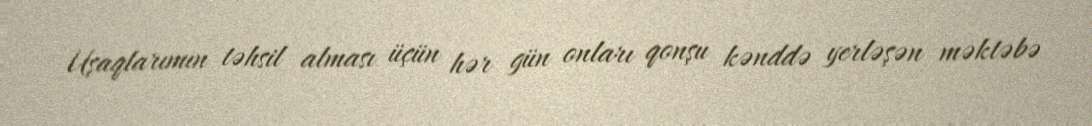
Uşaqlarımın təhsil alması üçün hər gün onları qonşu kənddə yerləşən məktəbə